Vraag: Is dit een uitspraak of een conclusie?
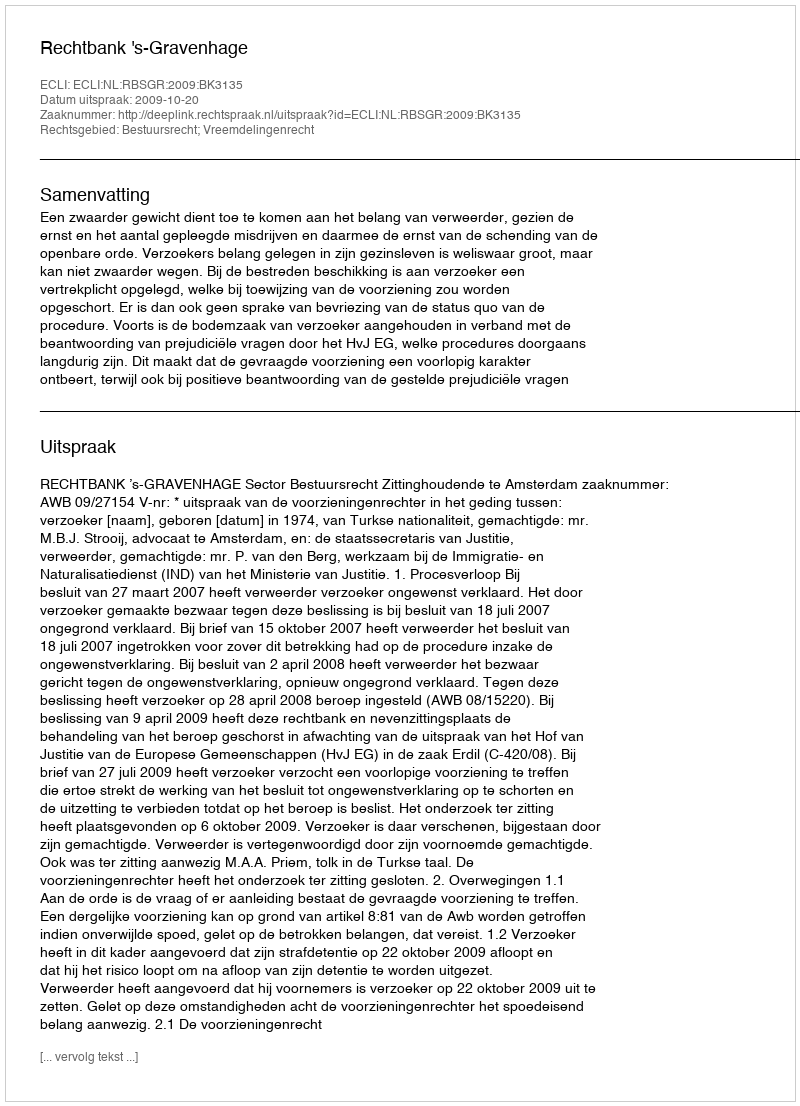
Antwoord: Uitspraak